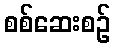
စစ်ဆေးစဉ်